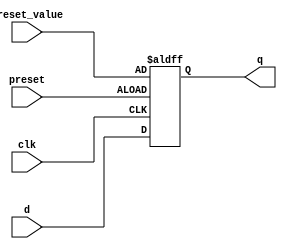
module d_flipflop (
    input wire clk,
    input wire d,
    input wire preset,
    input wire preset_value,
    output reg q
);

always @(posedge clk or posedge preset) begin
    if (preset) begin
        q <= preset_value;
    end else begin
        q <= d;
    end
end

endmodule